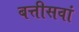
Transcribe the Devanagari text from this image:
बत्तीसवां